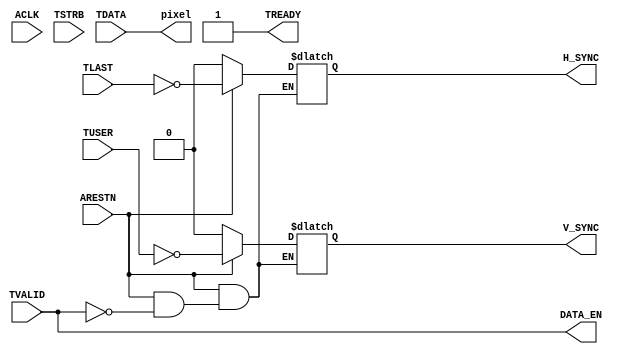
`timescale 1ns / 1ns
//////////////////////////////////////////////////////////////////////////////////
// Company: 
// 
// Design Name: 
// Module Name: AXI2VGA
// Project Name: 
// Target Devices: 
// Tool Versions: 
// Description: 
// 
// Dependencies: 
// 
// Revision:
// Revision 0.01 - File Created
// Additional Comments:
// 
//////////////////////////////////////////////////////////////////////////////////


module AXI2VGA(
    input ACLK,
    input ARESTN,
    input [7:0] TDATA,
    input TSTRB,
    input TLAST,
    input TVALID,
    input TUSER,
    output TREADY,
    
    output reg H_SYNC,
    output reg V_SYNC,
    output  DATA_EN,
    output [7:0] pixel
    );
    
//    wire [7:0] pixel;
//    reg H_SYNC, V_SYNC, DATA_EN;
    
    assign TREADY = 1'b1;
    assign pixel = TDATA;
    
    always@(*)
    begin
        if(~ARESTN)
            V_SYNC = 1'b0;
        else 
        begin
            if(TVALID == 1'b1)
                V_SYNC = ~TUSER;
            else
                V_SYNC = V_SYNC;
        end   
    end
    
    always@(*)
    begin
        if(~ARESTN)
            H_SYNC = 1'b0;
        else 
        begin
            if(TVALID == 1'b1)
                H_SYNC = ~TLAST;
            else
                H_SYNC = H_SYNC;
        end      
    end
    
    assign DATA_EN = TVALID;
//    always
//        DATA_EN = H_SYNC & V_SYNC;
endmodule